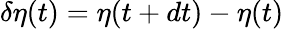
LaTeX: \delta\eta(t)=\eta(t+dt)-\eta(t)